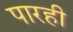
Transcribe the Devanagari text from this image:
पारही